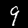
Digit: 9